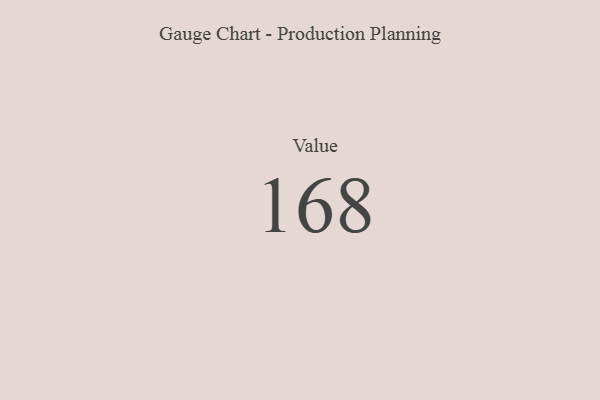
{"axis": {"x": "Metric", "y": "Value"}, "legend": [""], "data": [{"x": "Value", "y": 168, "type": ""}]}